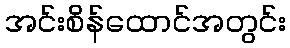
အင်းစိန်ထောင်အတွင်း